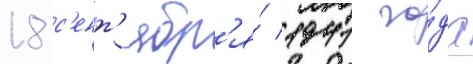
18 с'ент'ябр'я́ 1941 го́да